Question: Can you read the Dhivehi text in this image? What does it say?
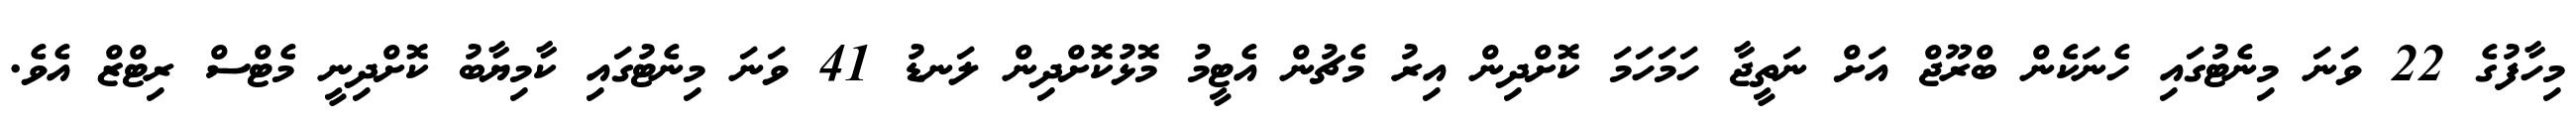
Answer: މިހާފުގެ 22 ވަނަ މިނެޓުގައި ހެނަކެން ބްރޫޖް އަށް ނަތީޖާ ހަމަހަމަ ކޮށްދިން އިރު މެޗުން އެޓީމު މޮޅުކޮށްދިން ލަނޑު 41 ވަނަ މިނެޓުގައި ކާމިޔާބު ކޮށްދިނީ މެޓްސް ރިޓްޒް އެވެ.